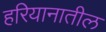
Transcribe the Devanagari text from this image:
हरियानातील